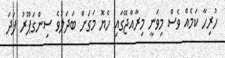
ހުރިހާ ކަމެއް ވެސް މިވަނީ މިރާއްޖޭގައި ހެޔޮ މަގަށް ބަދަލުވެ ސިންގަޕޫރު ފަދަ